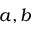
a , b